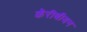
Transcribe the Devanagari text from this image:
कॅरीबीयन